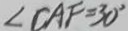
\angle C A F = 3 0 ^ { \circ }